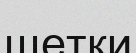
щетки